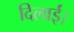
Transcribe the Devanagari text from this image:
दिलाईं।